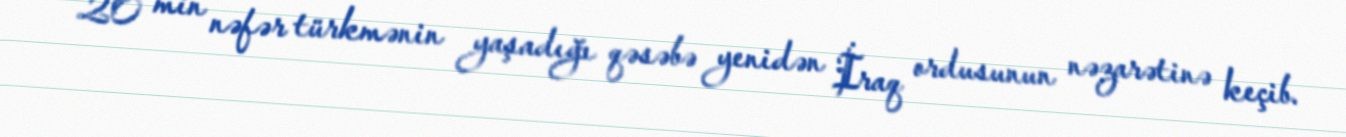
20 min nəfər türkmənin yaşadığı qəsəbə yenidən İraq ordusunun nəzarətinə keçib.